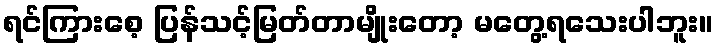
ရင်ကြားစေ့ ပြန်သင့်မြတ်တာမျိုးတော့ မတွေ့ရသေးပါဘူး။